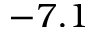
- 7 . 1